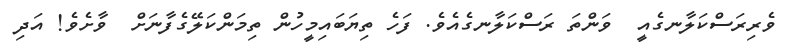
ވެރިރަސްކަލާނގެއީ  ވަންތަ ރަސްކަލާނގެއެވެ. ފަހެ ތިޔަބައިމީހުން ތިމަންކަލޭގެފާނަށް  ވާށެވެ! އަދި